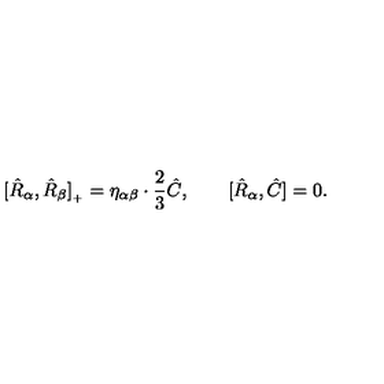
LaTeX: [ \hat { R } _ { \alpha } , \hat { R } _ { \beta } ] _ { { } _ { + } } = \eta _ { \alpha \beta } \cdot \frac { 2 } { 3 } \hat { C } , \qquad [ \hat { R } _ { \alpha } , \hat { C } ] = 0 .